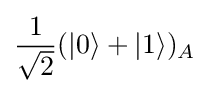
{\frac {1}{\sqrt {2}}}(|0\rangle +|1\rangle )_{A}